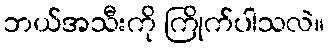
ဘယ်အသီးကို ကြိုက်ပါသလဲ။